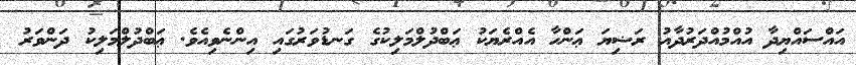
އައްސައްޔިދާ އުއްމުއްދަރުދާއު ރަޟިޔަ ޢަންހާ އެއްރެޔަކު ޢަބްދުލްމަލިކުގެ ގަނޑުވަރުގައި އިންނެވިއެވެ. ޢަބްދުލްމަލިކު ދަންވަރު